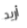
أريد